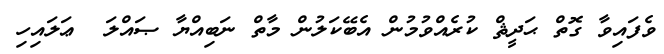
ވެފައިވާ ގޮތް ޙަދީޘް ކުރެއްވުމުން އެބޭކަލުން މާތް ނަބިއްޔާ ޞައްލަ  ޢަލައިހި